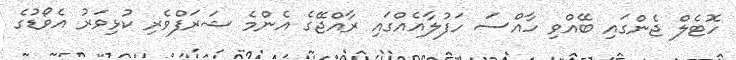
ހޮޓެލް ޖެންގައި ބޭއްވި ހާއްސަ ހަފުލާއެއްގައި ރާއްޖޭގެ އެންމެ ޝަރަފްވެރި ކުޅިވަރު އެވޯޑުގެ